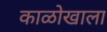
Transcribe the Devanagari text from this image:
काळोखाला